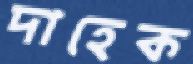
দাহেক